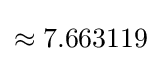
\approx 7.663119